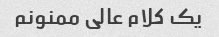
یک کلام عالی ممنونم